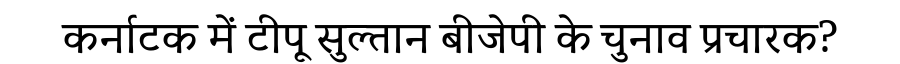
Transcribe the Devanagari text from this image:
कर्नाटक में टीपू सुल्तान बीजेपी के चुनाव प्रचारक?